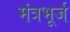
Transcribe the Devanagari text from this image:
मंत्रभूर्ज